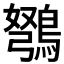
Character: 𫛇